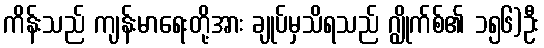
ကိန်းသည် ကျန်းမာရေးတို့အား ချုပ်မှသိရသည် ဂျွိုက်စ်၏ ၁၅၆)ဦး